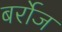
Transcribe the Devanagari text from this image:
बर्रोज